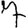
Digit: 7